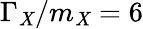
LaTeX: \Gamma_{\mathit{X}}/m_{\mathit{X}}=6